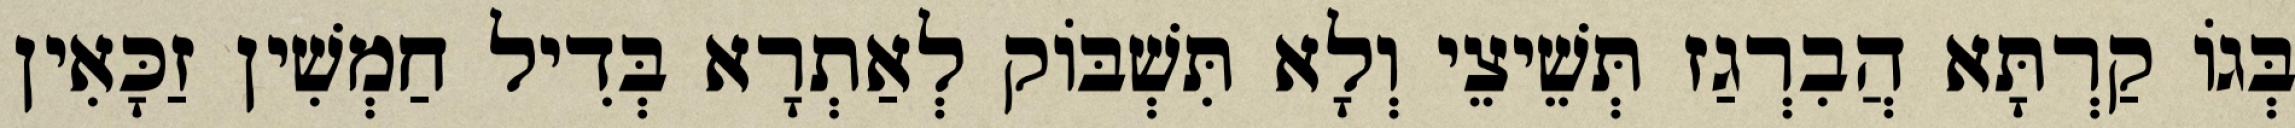
בְּגוֹ קַרְתָּא הֲבִרְגַז תְּשֵׁיצֵי וְלָא תִּשְׁבּוֹק לְאַתְרָא בְּדִיל חַמְשִׁין זַכָּאִין